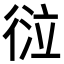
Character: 𢔆